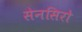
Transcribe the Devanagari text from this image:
सेनसिरो